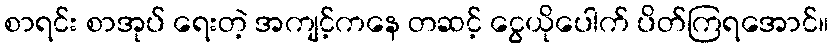
စာရင်း စာအုပ် ရေးတဲ့ အကျင့်ကနေ တဆင့် ငွေယိုပေါက် ပိတ်ကြရအောင်။